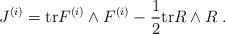
LaTeX: \begin{align*}J^{(i)} = {\rm tr}F^{(i)}\wedge F^{(i)} - \frac{1}{2}{\rm tr}R\wedge R \; .\end{align*}